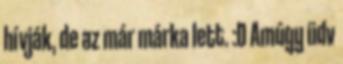
hívják, de az már márka lett. :D Amúgy üdv